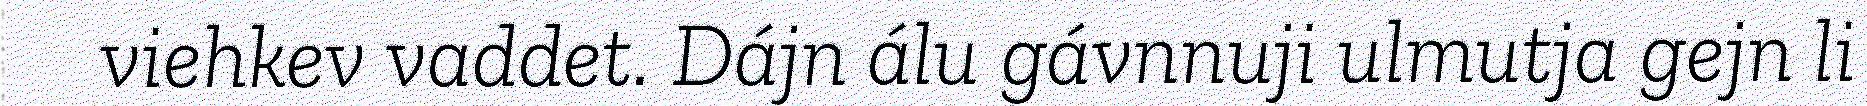
viehkev vaddet. Dájn álu gávnnuji ulmutja gejn li